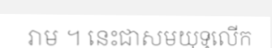
រាម ។ នេះជាសមយុទ្ធលើក